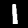
Digit: 1